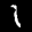
Label: 1